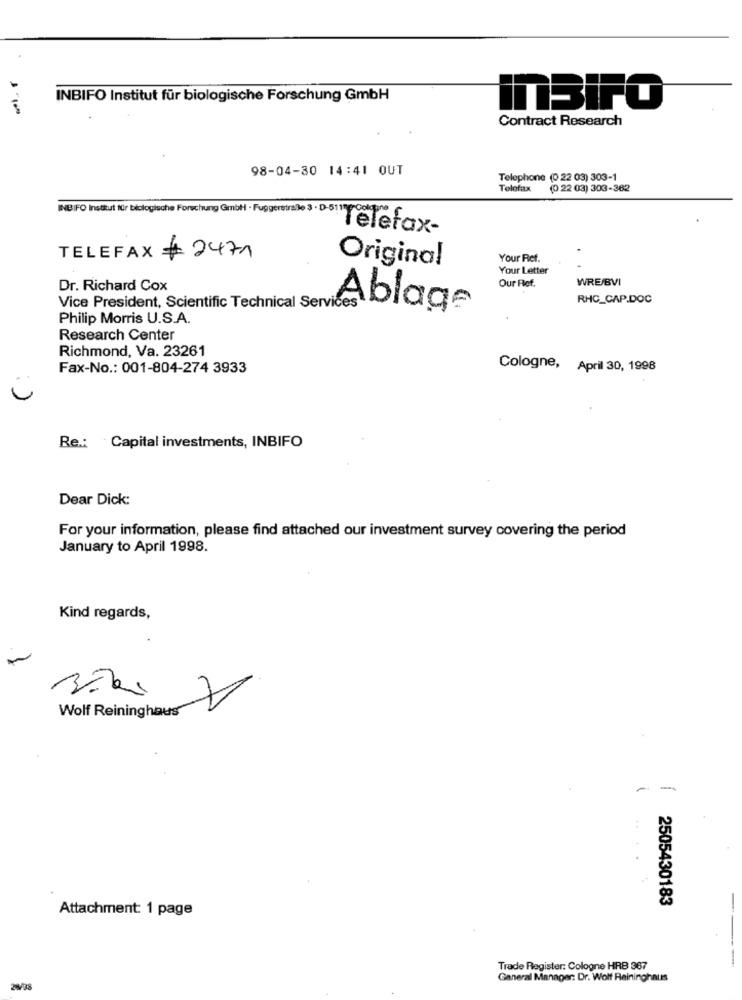
INBIFO Institut für biologische Forschung GmbH
InSiFO
Contract Research
98-04-30 14:41 OUT
Telephone (0 22 03) 303-1
Telefax
(0 22 03) 303-362
INBIFO Institut für biologische Forschung GmbH · Fuggerstraße 3 · D-5 Telefax-
TELEFAX # 2471
Original
Your Ref.
Your Letter
WRE/BVI
Dr. Richard Cox
Our Ref.
RHC_CAP.DOC
Vice President, Scientific Technical Services
Ablage
Philip Morris U.S.A.
Research Center
Richmond, Va. 23261
Fax-No .: 001-804-274 3933
Cologne, April 30, 1998
Re: Capital investments, INBIFO
Dear Dick:
For your information, please find attached our investment survey covering the period
January to April 1998.
Kind regards,
Wolf Reininghaus
2505430183
Attachment: 1 page
-
Trade Register: Cologne HRB 367
General Manager: Dr. Wolf Reininghaus
2V/08